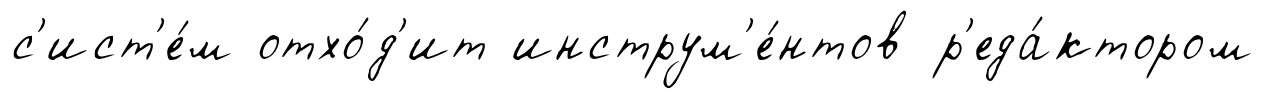
с'ист'е́м отхо́д'ит инструм'е́нтов р'еда́ктором